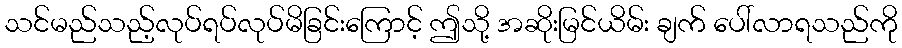
သင်မည်သည့်လုပ်ရပ်လုပ်မိခြင်းကြောင့် ဤသို့ အဆိုးမြင်ယိမ်း ချက် ပေါ်လာရသည်ကို